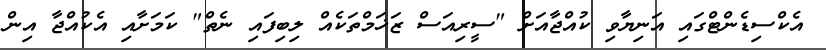
އެކްސިޑެންޓްގައި އަނިޔާވި ކުއްޖާއަށް "ސީރިއަސް ޒަޚަމްތަކެއް ލިބިފައި ނެތް" ކަމަށާއި އެކުއްޖާ އިން